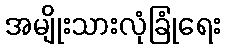
အမျိုးသားလုံခြုံရေး